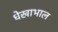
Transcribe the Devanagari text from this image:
धेखाभाल